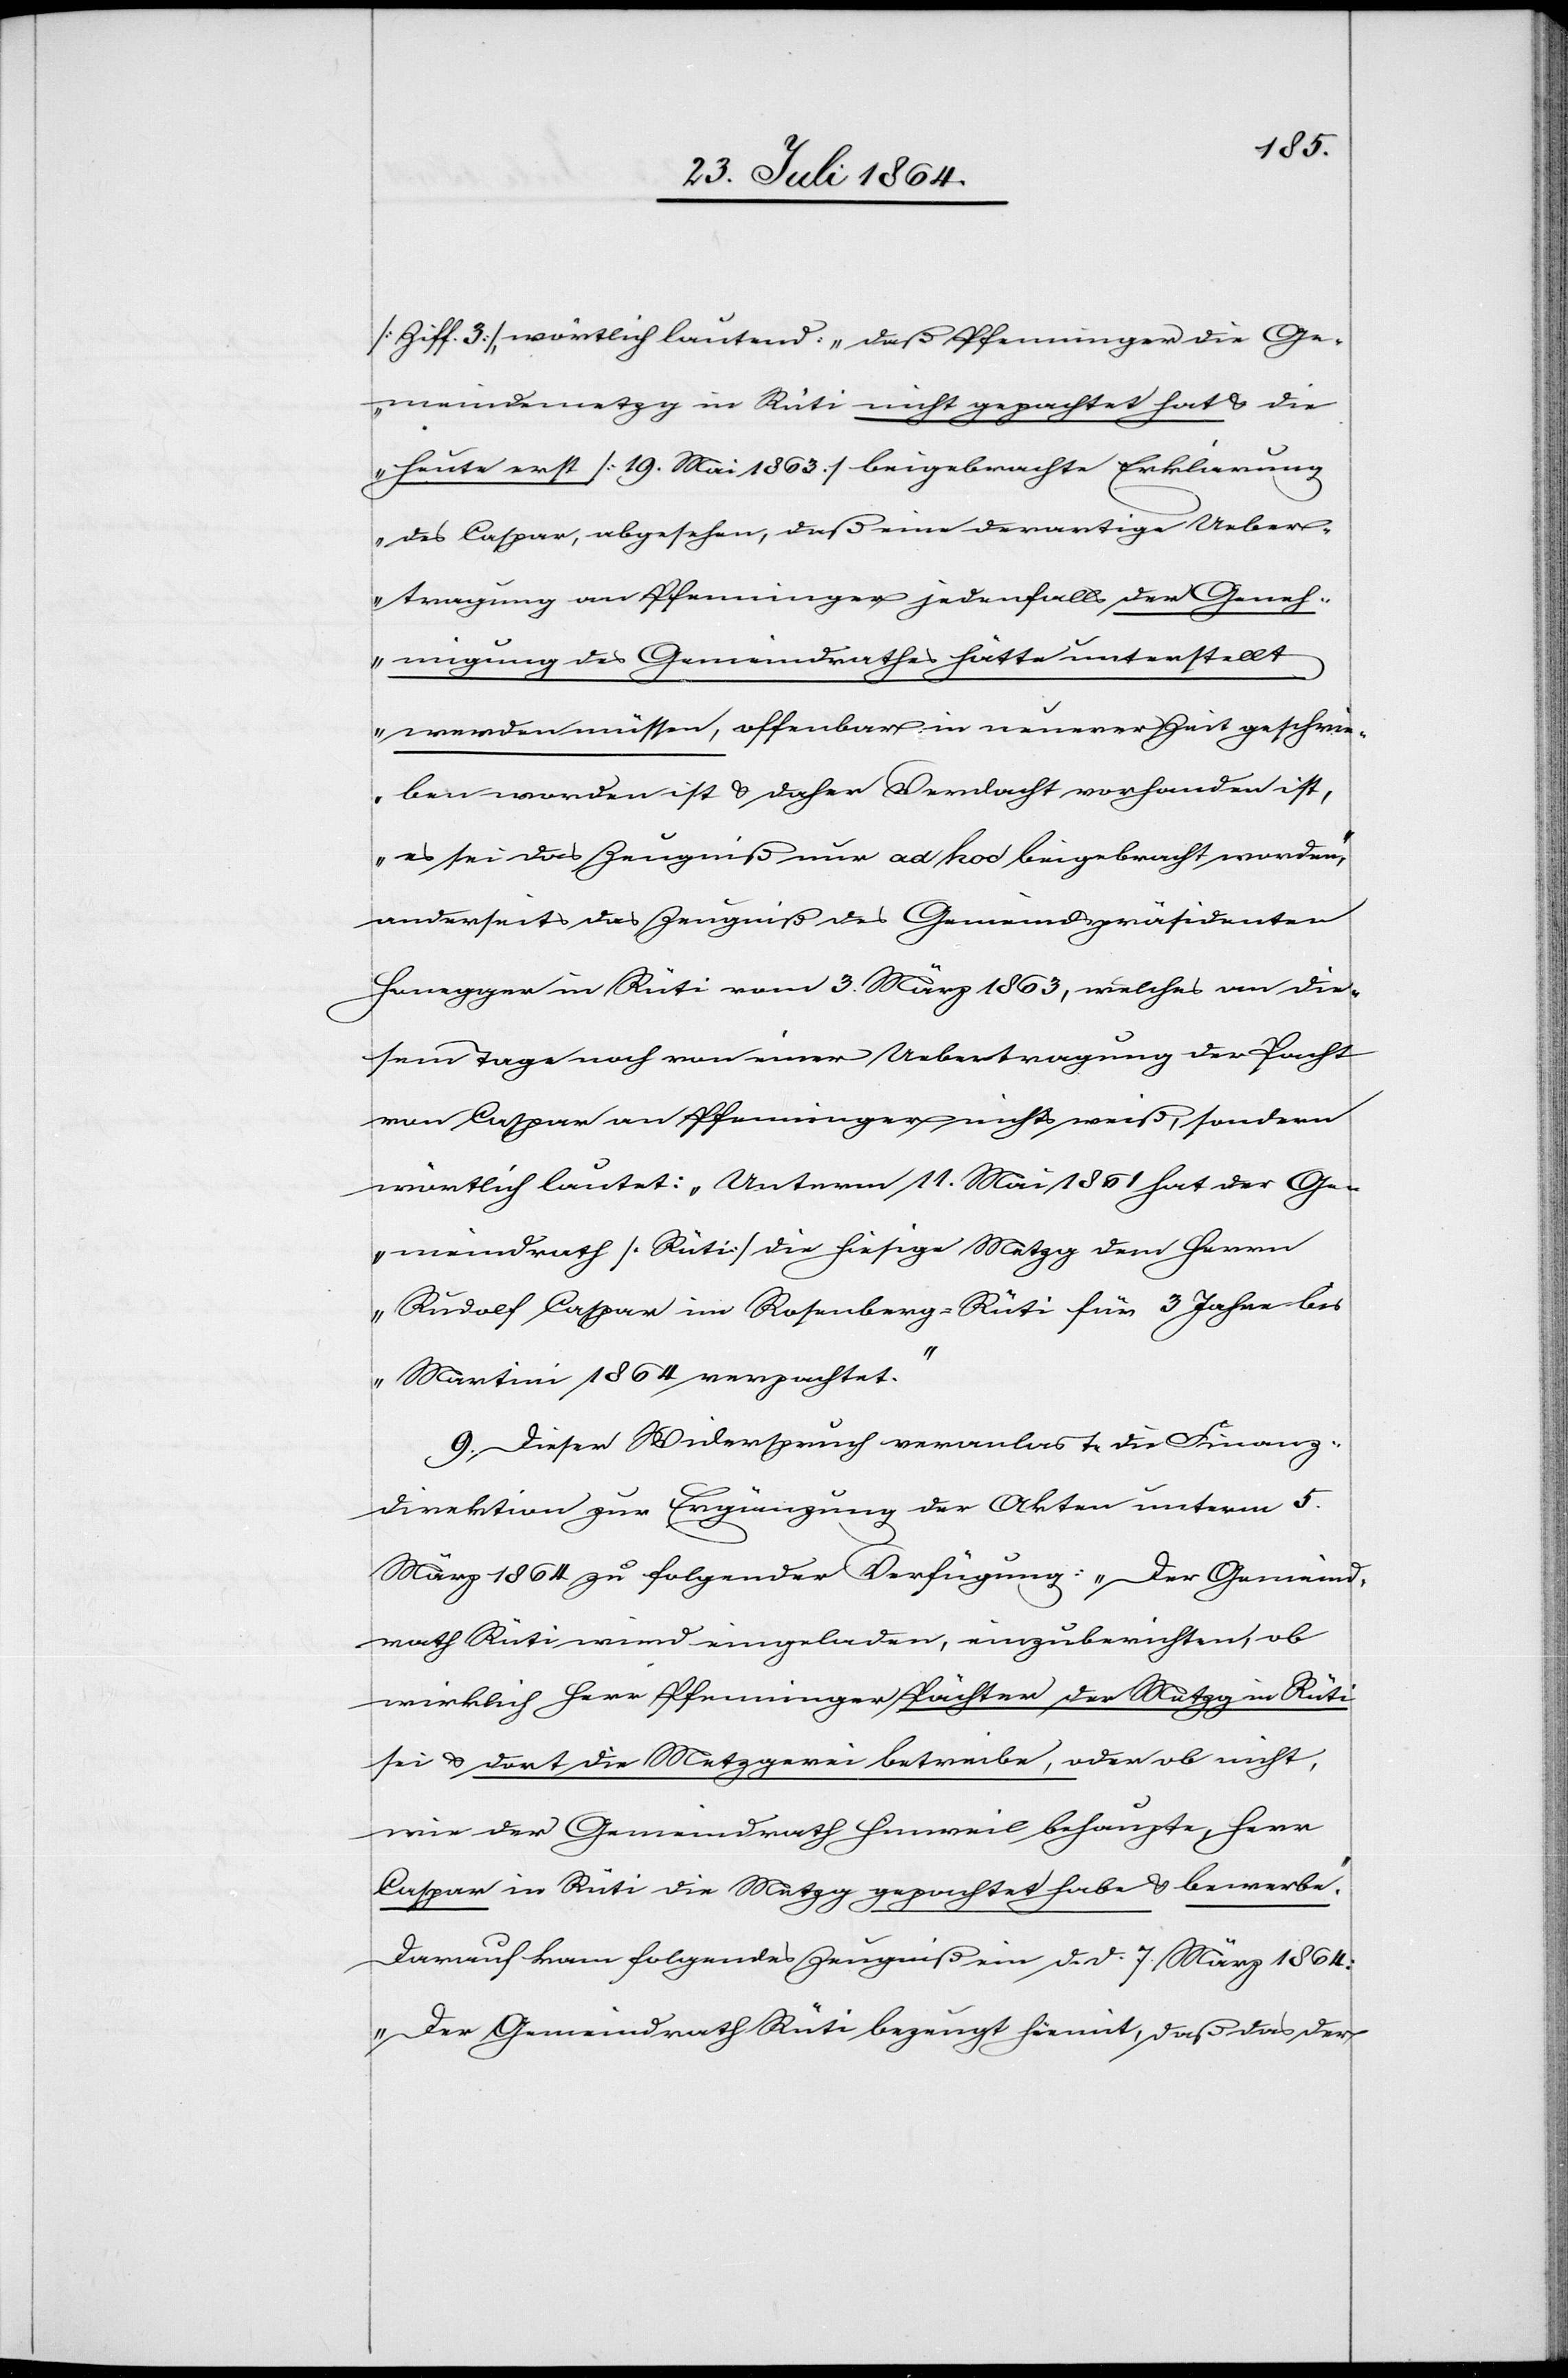
[Ziff. 3], wörtlich lautend: „daß Pfenninger die Ge¬
meindemetzg in Rüti nicht gepachtet hat & die
heute erst [19. Mai 1863] beigebrachte Erklärung
des Caspar, abgesehen, daß eine derartige Ueber¬
tragung an Pfenninger jedenfalls der Geneh¬
migung des Gemeindrathes hätte unterstellt
werden müssen, offenbar in neuerer Zeit geschrie¬
ben worden ist & daher Verdacht vorhanden ist,
es sei das Zeugniß nur ad hoc beigebracht worden,“
anderseits das Zeugniß des Gemeindspräsidenten
Honegger in Rüti vom 3. März 1863, welches an die¬
sem Tage noch von einer Uebertragung der Pacht
von Caspar an Pfenninger nichts weiß, sondern
wörtlich lautet: „Unterm 11. Mai 1861 hat der Ge¬
meindrath [Rüti] die hiesige Metzg dem Herrn
Rudolf Caspar in Rosenberg-Rüti für 3 Jahre bi¬
s Martini 1864 verpachtet.“
9. Dieser Widerspruch veranlas[s]t die Finanz¬
direktion zur Ergänzung der Akten unterm 5.
März 1864 zu folgender Verfügung: „Der Gemeind¬
rath Rüti wird eingeladen, einzuberichten, ob
wirklich Herr Pfenninger Pächter der Metzg in Rüti
sei & dort die Metzgerei betreibe, oder ob nicht,
wie der Gemeindrath Hinweil behaupte, Herr
Caspar in Rüti die Metzg gepachtet habe & bewerbe.“
Darauf kam folgendes Zeugniß ein d. d. 7. März 1864:
„Der Gemeindrath Rüti bezeugt hiemit, daß das der